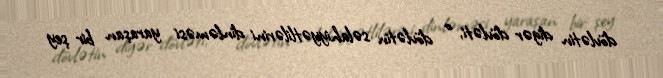
dövlətin digər dövləti, o dövlətin səlahiyyətlilərini dinləməsi yaraşan bir şey